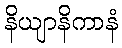
နိယျာနိကာနံ